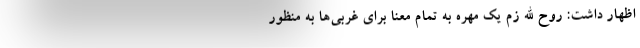
اظهار داشت: روح الله زم یک مهره به تمام معنا برای غربی‌ها به منظور